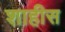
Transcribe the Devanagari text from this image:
शाहीस